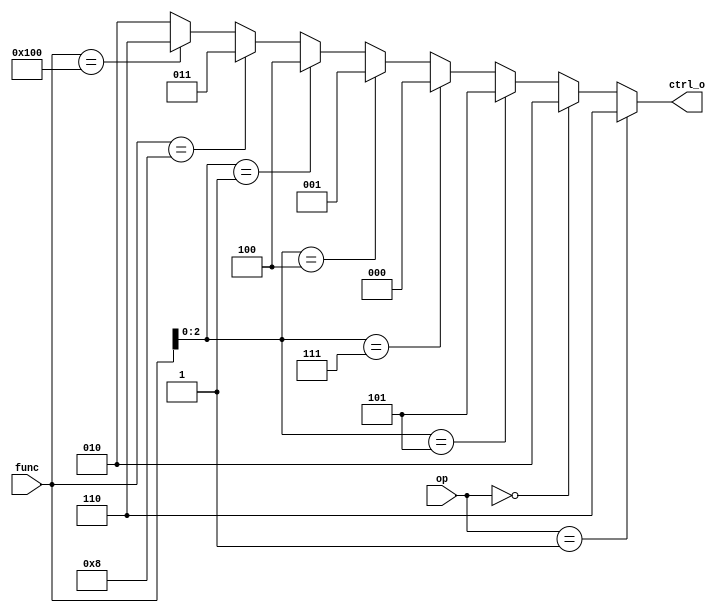
module ALU_Control(
    op, 
    func, 
    ctrl_o
);

input [1:0] op;
input [9:0] func;
output [2:0] ctrl_o;

reg [2:0] ctrl_o;

//     op   funct     out
//and  10 0000000111->000
//xor  10 0000000100->001
//sll  10 0000000001->100
//add  10 0000000000->010
//sub  10 0100000000->110
//mul  10 0000001000->011
//addi 10 ???????000->010
//srai 10 0100000101->101
//lw   00 ???????010->010
//sw   00 ???????010->010
//beq  01 ???????000->110
always @* begin
ctrl_o = 3'd0;
if (op == 2'b01)
    begin
        ctrl_o = 3'b110; //beq
    end
else if (op == 2'b00)
    begin
        ctrl_o = 3'b010; //lw //sw
    end
else if (func[2:0] == 3'b101)
    begin
        ctrl_o = 3'b101; //srai
    end
else if (func[2:0] == 3'b111)
    begin
        ctrl_o = 3'b000; //and
    end
else if (func[2:0] == 3'b100)
    begin
        ctrl_o = 3'b001; //xor
    end
else if (func[2:0] == 3'b001)
    begin
        ctrl_o = 3'b100; //sll
    end
else if (func == 10'b0000001000)
    begin
        ctrl_o = 3'b011; //mul
    end
else if (func == 10'b0100000000)
    begin
        ctrl_o = 3'b110; //sub
    end
else
    begin
        ctrl_o = 3'b010; //add //addi
    end
end

endmodule